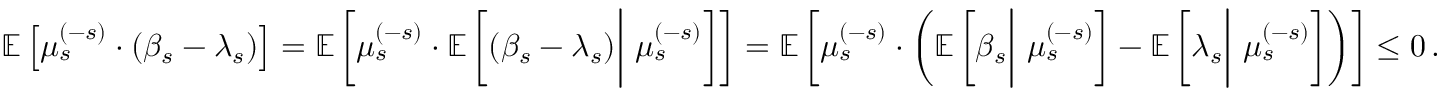
\begin{array} { r } { \mathbb { E } \left[ \mu _ { s } ^ { ( - s ) } \cdot ( \beta _ { s } - \lambda _ { s } ) \right] = \mathbb { E } \left[ \mu _ { s } ^ { ( - s ) } \cdot \mathbb { E } \left[ ( \beta _ { s } - \lambda _ { s } ) \biggr | \ \mu _ { s } ^ { ( - s ) } \right] \right] = \mathbb { E } \left[ \mu _ { s } ^ { ( - s ) } \cdot \left( \mathbb { E } \left[ \beta _ { s } \biggr | \ \mu _ { s } ^ { ( - s ) } \right] - \mathbb { E } \left[ \lambda _ { s } \biggr | \ \mu _ { s } ^ { ( - s ) } \right] \right) \right] \leq 0 \, . } \end{array}